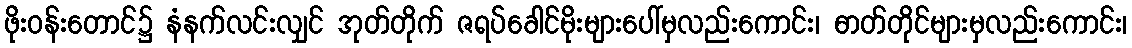
ဖိုးဝန်းတောင်၌ နံနက်လင်းလျှင် အုတ်တိုက် ဇရပ်ခေါင်မိုးများပေါ်မှလည်းကောင်း၊ ဓာတ်တိုင်များမှလည်းကောင်း၊